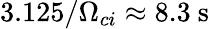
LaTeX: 3.125/\Omega_{ci}\approx 8.3\mathrm{~s~}